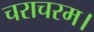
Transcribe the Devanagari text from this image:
चराचरम।